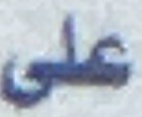
علی